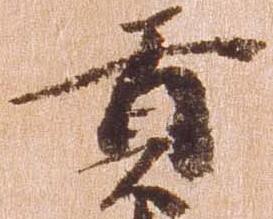
貢